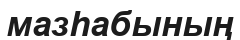
мазһабының